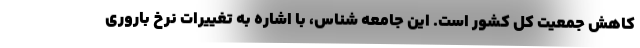
کاهش جمعیت کل کشور است. این جامعه شناس، با اشاره به تغییرات نرخ باروری